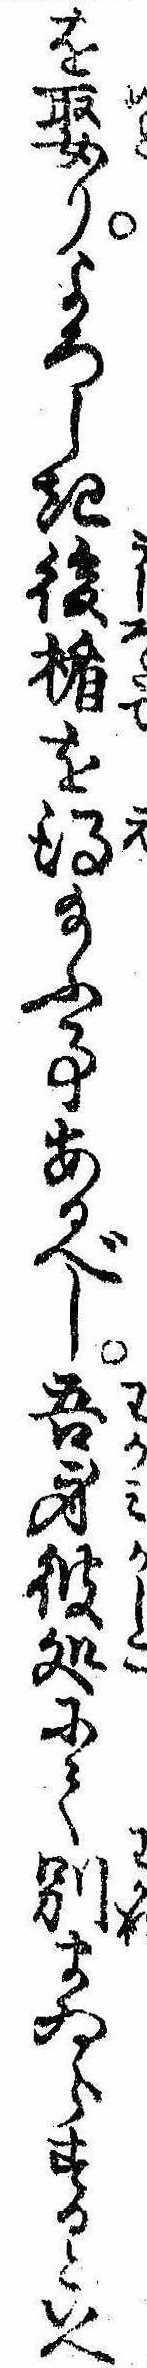
を娶りよろしき後楯を得給ふ事あるべし吾身彼処にて別まゐらするといへ